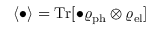
\langle \bullet \rangle = \mathrm { T r } [ \bullet \varrho _ { \mathrm { p h } } \otimes \varrho _ { \mathrm { e l } } ]